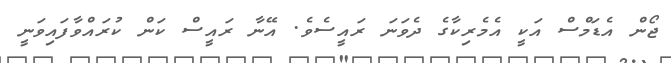
ޖޯން އެޑަމްސް އަކީ އެމެރިކާގެ ދެވަނަ ރައީސެވެ. އޭނާ ރައީސް ކަން ކުރައްވާފައިވަނީ